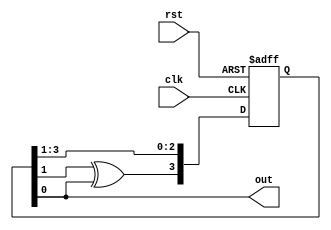
`timescale 1ns / 1ps
//////////////////////////////////////////////////////////////////////////////////
// Company: 
// Engineer: 
// 
// Design Name: 
// Module Name: prbs_sequence_generator
// Project Name: 
// Target Devices: 
// Tool Versions: 
// Description: 
// 
// Dependencies: 
// 
// Revision:
// Revision 0.01 - File Created
// Additional Comments:
// 
//////////////////////////////////////////////////////////////////////////////////


module prbs(
    input clk,
    input rst,
    output out
    );
    reg [3:0] temp;
    
    always @ (posedge clk or posedge rst)
    begin
     if(rst)
       temp =4'b1000;
      else if(clk)
      
      temp <={temp[1] ^ temp[0],temp[3],temp[2],temp[1]}; 
     end
  assign out = temp[0];  
endmodule